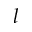
l